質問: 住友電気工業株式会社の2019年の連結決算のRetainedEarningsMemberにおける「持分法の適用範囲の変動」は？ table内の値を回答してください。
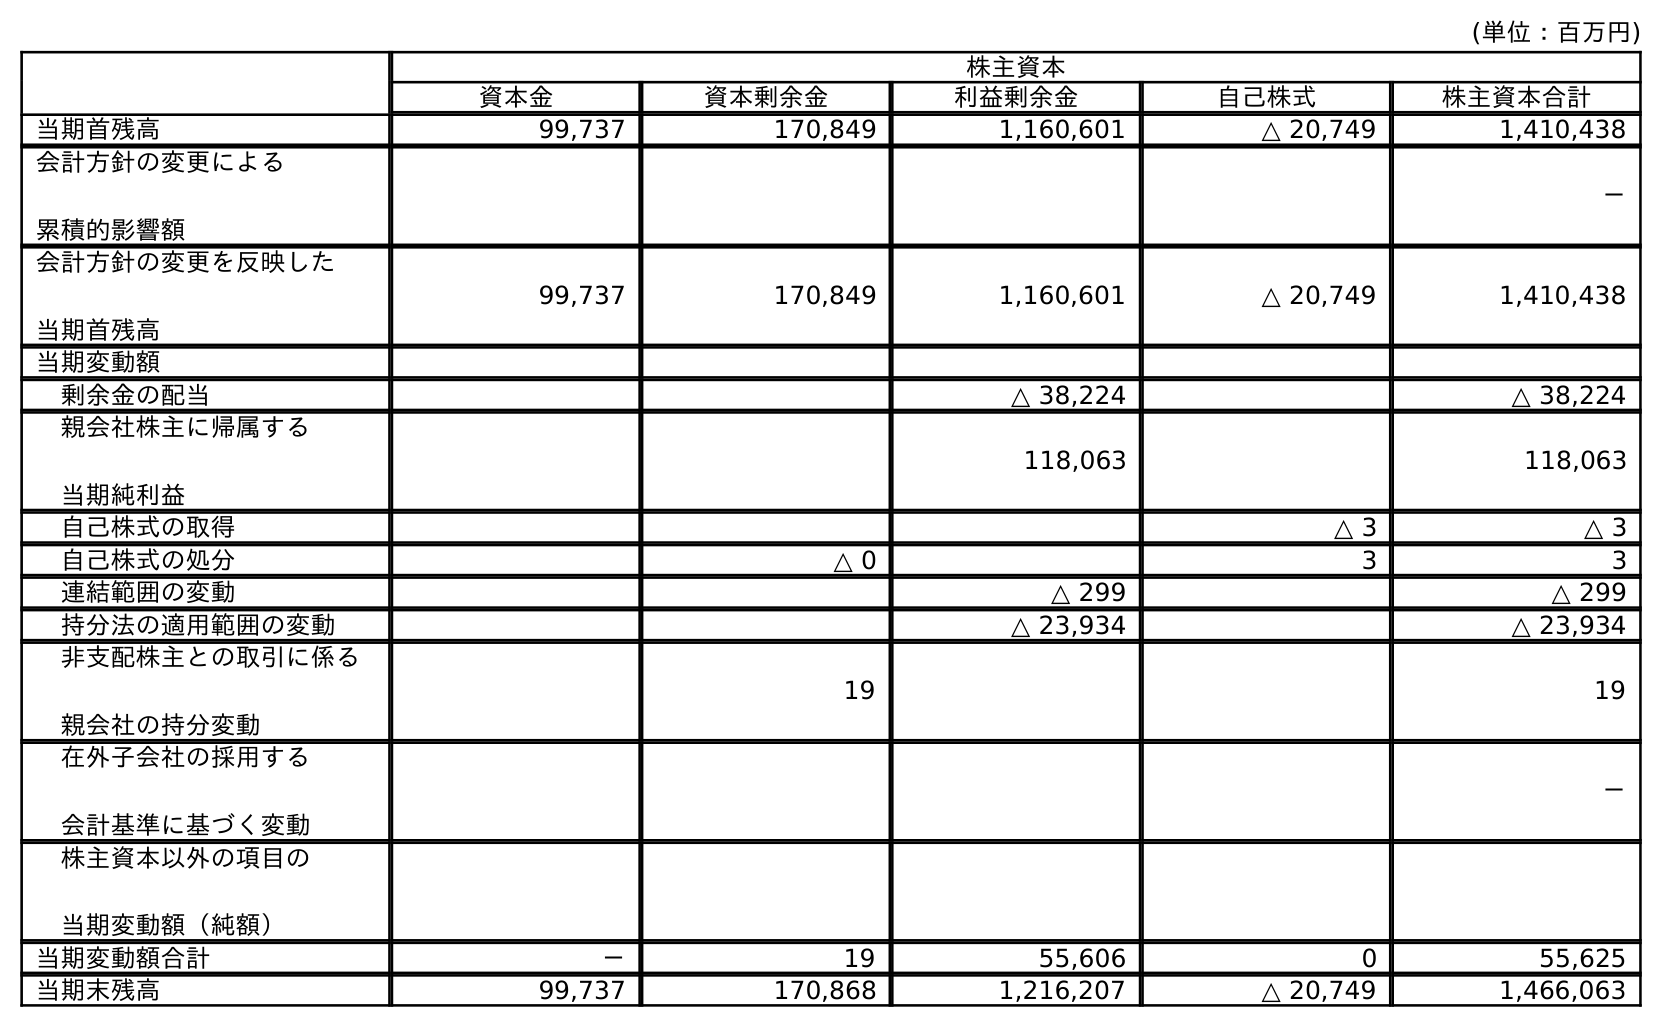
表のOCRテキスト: (単位：百万円) 株主資本 資本金 資本剰余金 利益剰余金 自己株式 株主資本合計 当期首残高 99,737 170,849 1,160,601 △ 20,749 1,410,438 会計方針の変更による 累積的影響額 － 会計方針の変更を反映した 当期首残高 99,737 170,849 1,160,601 △ 20,749 1,410,438 当期変動額 剰余金の配当 △ 38,224 △ 38,224 親会社株主に帰属する 当期純利益 118,063 118,063 自己株式の取得 △ 3 △ 3 自己株式の処分 △ 0 3 3 連結範囲の変動 △ 299 △ 299 持分法の適用範囲の変動 △ 23,934 △ 23,934 非支配株主との取引に係る 親会社の持分変動 19 19 在外子会社の採用する 会計基準に基づく変動 － 株主資本以外の項目の 当期変動額（純額） 当期変動額合計 － 19 55,606 0 55,625 当期末残高 99,737 170,868 1,216,207 △ 20,749 1,466,063
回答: △23,934